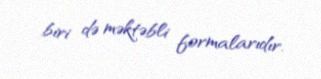
biri də məktəbli formalarıdır.